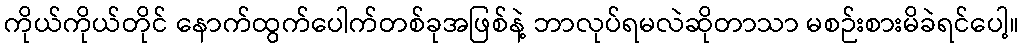
ကိုယ်ကိုယ်တိုင် နောက်ထွက်ပေါက်တစ်ခုအဖြစ်နဲ့ ဘာလုပ်ရမလဲဆိုတာသာ မစဉ်းစားမိခဲရင်ပေါ့။